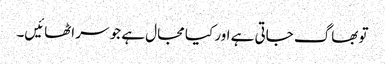
تو بھاگ جاتی ہے اور کیا مجال ہے جو سر اٹھائیں۔